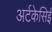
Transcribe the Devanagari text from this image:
अर्टकेसिई